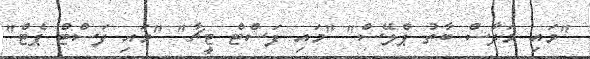
"މައި މަދާސް ބާތު ޕްލޭސް" "މައި ފަސްޓް ޓީޗާ" "މައި ފަސްޓް ޕެޓް"